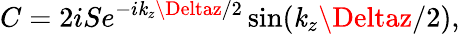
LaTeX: C=2iSe^{-i\mathit{k}_{z}\Deltaz/2}\sin(\mathit{k}_{z}\Deltaz/2),